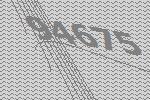
94675